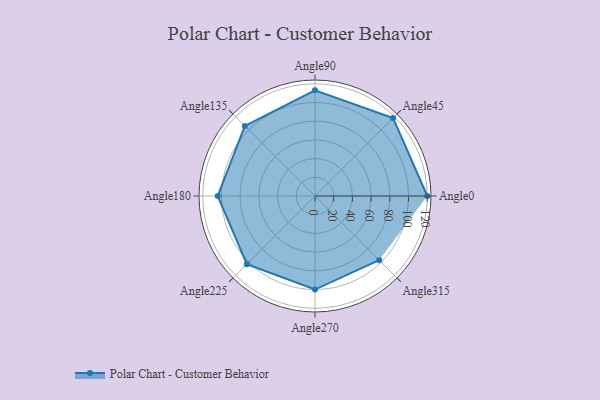
{"axis": {"x": "Angle", "y": "Radius"}, "legend": [""], "data": [{"x": "Angle0", "y": 120.0, "type": ""}, {"x": "Angle45", "y": 118.0, "type": ""}, {"x": "Angle90", "y": 113.0, "type": ""}, {"x": "Angle135", "y": 106.0, "type": ""}, {"x": "Angle180", "y": 104.0, "type": ""}, {"x": "Angle225", "y": 103.0, "type": ""}, {"x": "Angle270", "y": 100.0, "type": ""}, {"x": "Angle315", "y": 97.0, "type": ""}]}